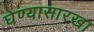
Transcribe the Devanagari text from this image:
घेण्यासारखा